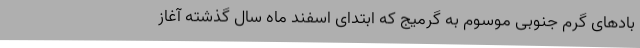
بادهای گرم جنوبی موسوم به گرمیج که ابتدای اسفند ماه سال گذشته آغاز